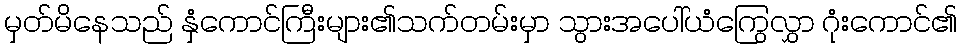
မှတ်မိနေသည် နှံကောင်ကြီးများ၏သက်တမ်းမှာ သွားအပေါ်ယံကြွေလွှာ ဂုံးကောင်၏